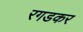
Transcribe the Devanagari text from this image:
रगडकर